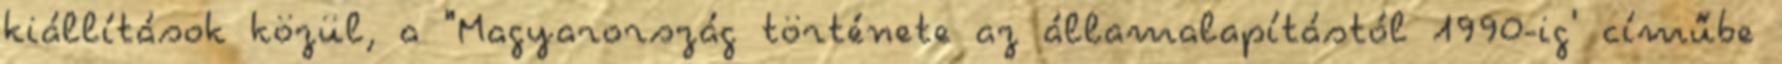
kiállítások közül, a "Magyarország története az államalapítástól 1990-ig' címűbe